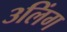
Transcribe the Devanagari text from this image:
३लिंग